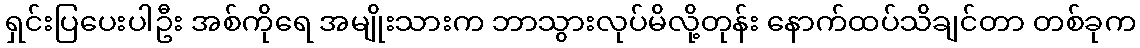
ရှင်းပြပေးပါဦး အစ်ကိုရေ အမျိုးသားက ဘာသွားလုပ်မိလို့တုန်း နောက်ထပ်သိချင်တာ တစ်ခုက